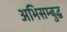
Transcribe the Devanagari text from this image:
अभिसम्बुद्ध